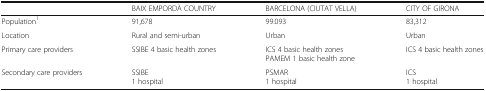
|  | BAIX EMPORDÀ COUNTRY | BARCELONA (CIUTAT VELLA) | CITY OF GIRONA |
 | --- | --- | --- | --- |
 | Population1 | 91,678 | 99.093 | 83,312 |
 | Location | Rural and semi-urban | Urban | Urban |
 | Primary care providers | SSIBE 4 basic health zones | ICS 4 basic health zonesPAMEM 1 basic health zone | ICS 4 basic health zones |
 | Secondary care providers | SSIBE1 hospital | PSMAR1 hospital | ICS1 hospital |